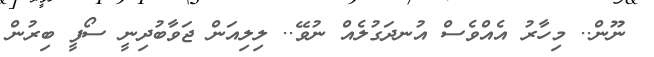
ނޫން.. މިހާރު އެއްވެސް އުނދަގުލެއް ނުވޭ.. ލިލިއަން ޖަވާބުދިނީ ސޯފީ ބިރުން